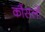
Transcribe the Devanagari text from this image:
कौंसलों